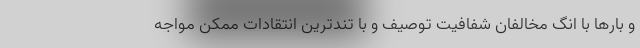
و بارها با انگ مخالفان شفافیت توصیف و با تندترین انتقادات ممکن مواجه